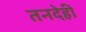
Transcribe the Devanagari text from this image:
तनदेही